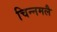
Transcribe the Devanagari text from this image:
चिन्नमलै